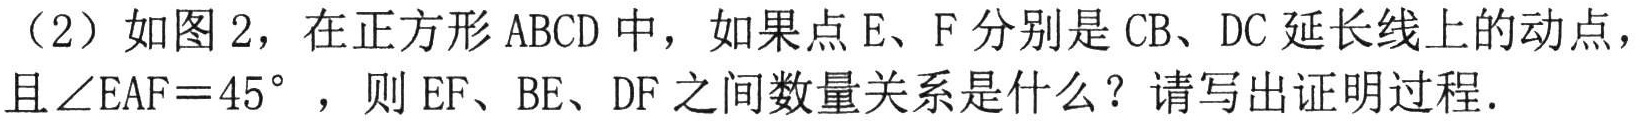
（2）如图 2，在正方形 \(ABCD\) 中，如果点 \(E、F\) 分别是 \(CB、DC\) 延长线上的动点，
且 \(\angle EAF = 45^{\circ}\)，则 \(EF、BE、DF\) 之间数量关系是什么？请写出证明过程.